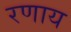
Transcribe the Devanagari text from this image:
रणाय